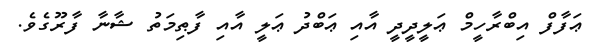
ޢަފާފް އިބްރާހީމް ޢަލީދީދީ އާއި ޢަބްދު ޢަލީ އާއި ފާޠިމަތު ޝާނާ ފާރޫގެވެ.